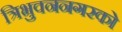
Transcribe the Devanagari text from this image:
त्रिभुवननगरको